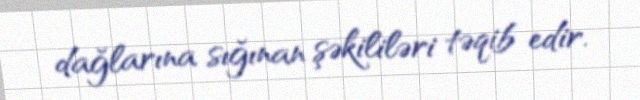
dağlarına sığınan şəkililəri təqib edir.